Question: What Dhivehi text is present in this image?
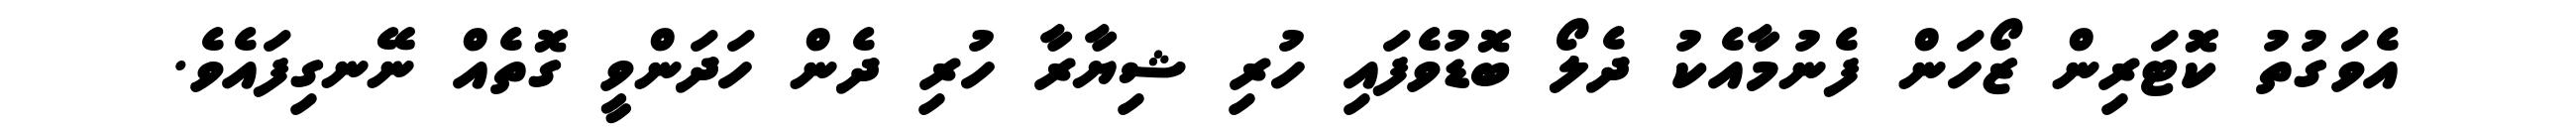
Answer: އެވަގުތު ކޮޓަރިން ޒޯހަން ފެނުމާއެކު ދެލޯ ބޮޑުވެފައި ހުރި ޝިޔާރާ ހުރި ދެން ހަދަންވީ ގޮތެއް ނޭނގިފައެވެ.